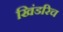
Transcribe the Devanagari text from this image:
खिंडरिच